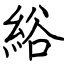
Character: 綌